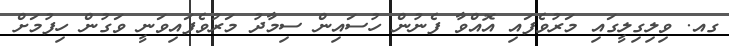
ގއ. ވިލިގިލީގައި މަރުވެފައި އޮއްވާ ފެނުން ހުސައިން ސިމާދު މަރުވެފައިވަނީ ވަގުން ހިފުމަށް